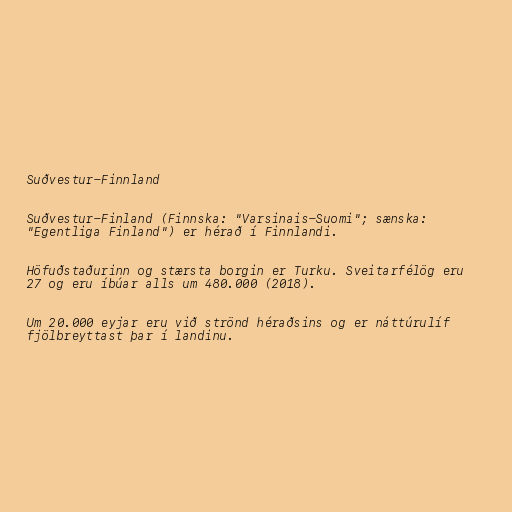
Suðvestur-Finnland

Suðvestur-Finland (Finnska: "Varsinais-Suomi"; sænska:
"Egentliga Finland") er hérað í Finnlandi.

Höfuðstaðurinn og stærsta borgin er Turku. Sveitarfélög eru
27 og eru íbúar alls um 480.000 (2018).

Um 20.000 eyjar eru við strönd héraðsins og er náttúrulíf
fjölbreyttast þar í landinu.